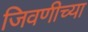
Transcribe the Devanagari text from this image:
जिवणीच्या